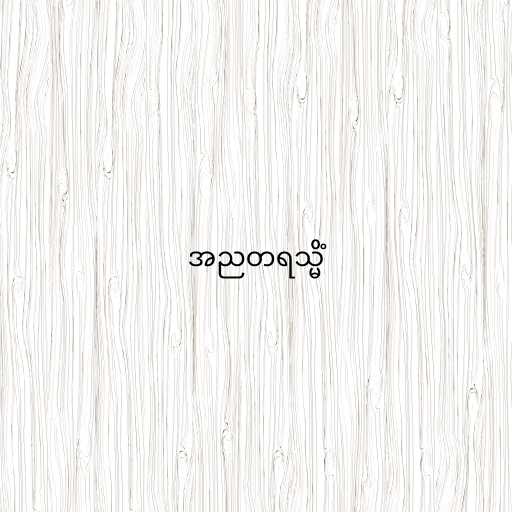
အညတရသ္မိံ